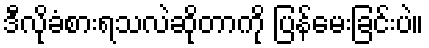
ဒီလိုခံစားရသလဲဆိုတာကို ပြန်မေးခြင်းပဲ။